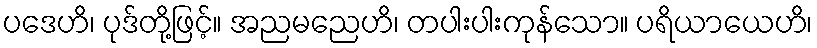
ပဒေဟိ၊ ပုဒ်တို့ဖြင့်။ အညမညေဟိ၊ တပါးပါးကုန်သော။ ပရိယာယေဟိ၊